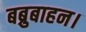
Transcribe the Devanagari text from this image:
बब्रुबाहन।